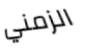
الزمني